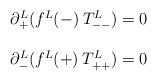
LaTeX: \begin{align*}\begin{array}{ll}\partial_+^L(f^L(-)\:T_{--}^L) = 0\\\\\partial_-^L(f^L(+)\:T_{++}^L) = 0\end{array}\end{align*}